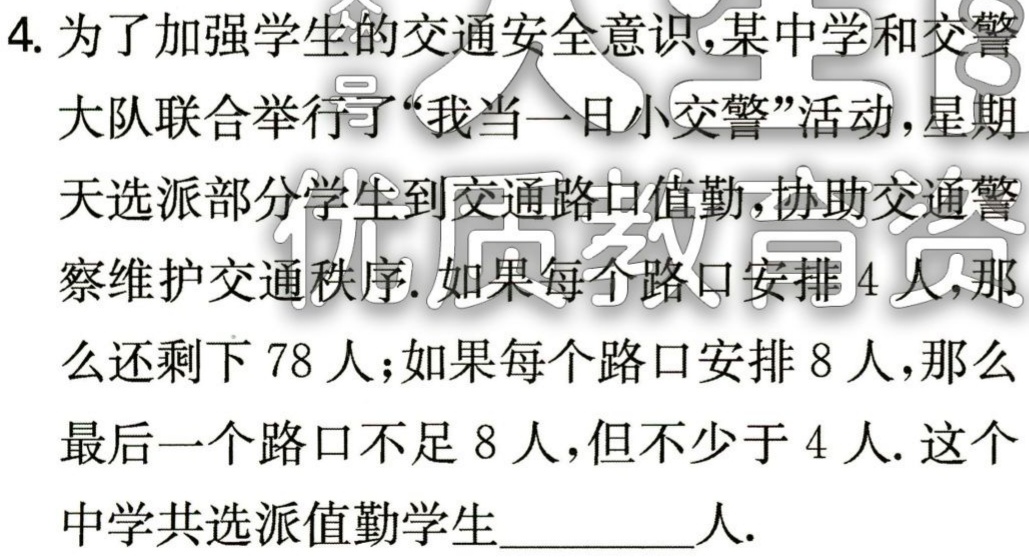
4. 为了加强学生的交通安全意识,某中学和交警

大队联合举行了“我当一日小交警”活动 ,星期

天选派部分学生到交通路口值勤,协助交通警

察维护交通秩序.如果每个路口安排 4 人,那

么还剩下 78 人；如果每个路口安排 8 人,那么

最后一个路口不足 8 人,但不少于 4 人. 这个

中学共选派值勤学生________人.